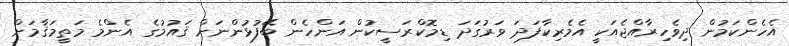
އެހެންކަމުން ދިވެހިރާއްޖެއަކީ އެމެރިކާފަދަ ވަރުގަދަ ޑިމޮކްރަސީކުން އަންހެން ބޭފުޅުންނަށް ޤައުމުގެ އެންމެ މަތީމަޤާމަށް